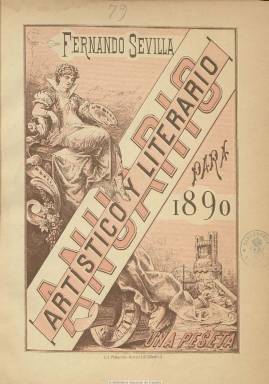
Título: Anuario literario y artístico
Colección: Anuarios e informes
Ámbito geográfico: Madrid
Lugar de publicación: Madrid
Fechas: 01/01/1890-31/12/1892

Fue publicado en los años 1890, 1891 y 1892 por Fernando Sevilla y Lacasa, que fallecería en 1898, después de haber sido colaborador de La Ilustración católica (1877-1894) y redactor de la Agencia Fabra. En el momento de redactar el anuario es propietario de la Agencia Literaria de Fernando Sevilla, en la que prestaba servicios de inscripción y defensa de la propiedad intelectual, de traducción y servicio telegráfico para la prensa, entre otros. Cada volumen de en torno al centenar y medio de páginas comienza con un calendario con efemérides referidas a las fechas de nacimiento de escritores y artistas. Cuenta también con una sección en la que ofrece disposiciones oficiales acerca de la propiedad intelectual y de otros sectores, como el referido al teatro o al arte. Su sección más destacada es la de Necrología artística-literaria, con semblanzas de los escritores, periodistas y artistas fallecidos, acompañada con algunos grabados de retratos. También ofrece el movimiento de exposiciones y congresos, el bibliográfico y el teatral anual, así como los cuadros de los integrantes de las principales instituciones culturales (Reales Academias, Sociedad Geográfica, Ateneo de Madrid, Asociación de Escritores y Artistas Españoles, Círculo de Bellas Artes de Madrid, etc.), acompañados de una breve introducción histórica; y un listado alfabético de publicaciones periódicas, de las que hace una semblanza también histórica de las más importantes que se publicaron durante esos años, acompañadas a veces de facsímiles de sus primeras páginas. Inserta también anuncios publicitarios del sector editorial.